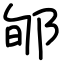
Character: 郇